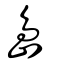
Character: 島